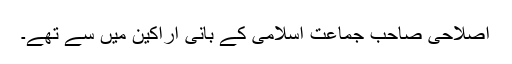
اصلاحی صاحب جماعت اسلامی کے بانی اراکین میں سے تھے۔